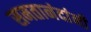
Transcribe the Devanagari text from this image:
समतानंदांनी